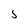
Character: 5